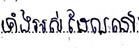
ទាំងអស់ដែលនៅ